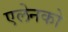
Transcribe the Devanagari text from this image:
एलेनको